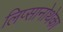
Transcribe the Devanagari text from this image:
लिप्सानोथेका